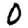
Digit: 0